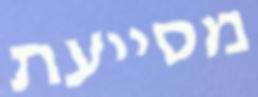
מסייעת